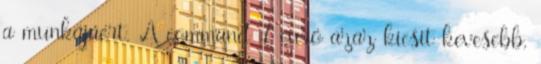
a munkájáért. A command 7 euró azaz kicsit kevesebb,